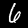
Label: 6